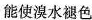
能使溴水褪色